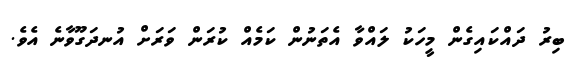
ބިރު ދައްކައިގެން މީހަކު ލައްވާ އެތަނުން ކަމެއް ކުރަން ވަރަށް އުނދަގޫވާނެ އެވެ.